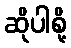
ဆိုပါစို့